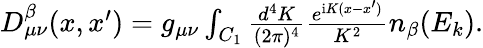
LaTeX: \begin{array}{r}{D_{\mu\nu}^{\beta}(x,x^{\prime})=g_{\mu\nu}\int_{C_{1}}\frac{d^{4}K}{(2\pi)^{4}}\frac{e^{\mathrm{i}K(x-x^{\prime})}}{K^{2}}n_{\beta}(E_{k}).}\end{array}